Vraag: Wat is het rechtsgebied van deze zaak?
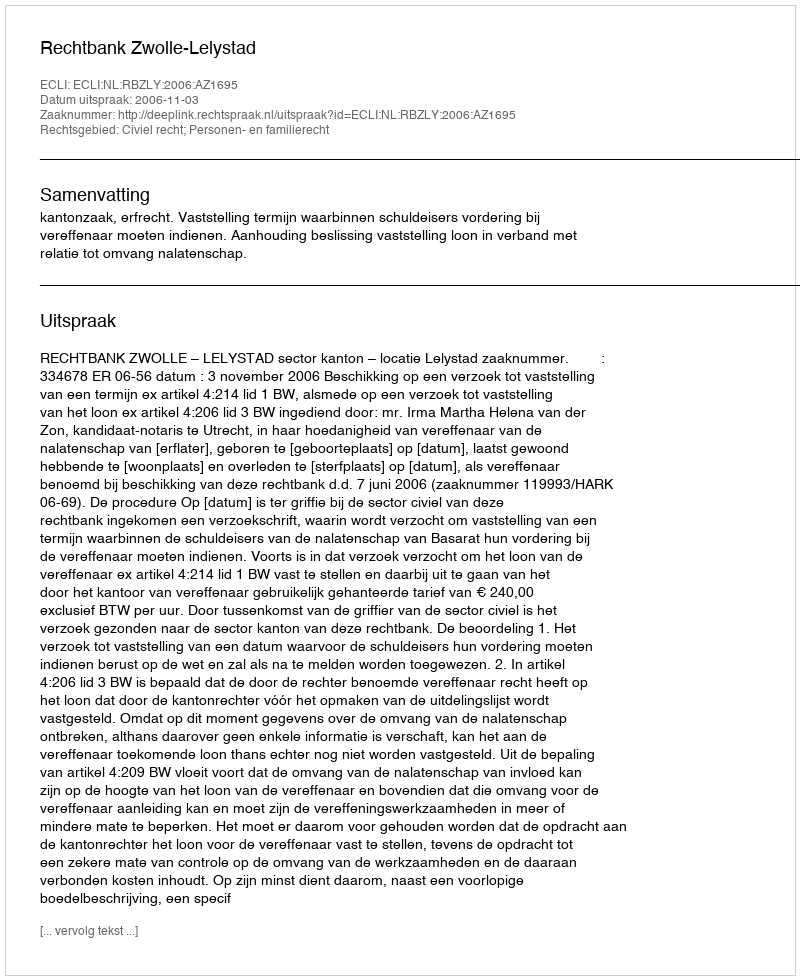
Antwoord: Civiel recht; Personen- en familierecht